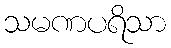
သမဏပရိသာ